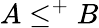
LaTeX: A\leq^{+}B